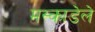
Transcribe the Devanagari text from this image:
मस्काडेले